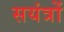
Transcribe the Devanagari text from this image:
सयंत्रों